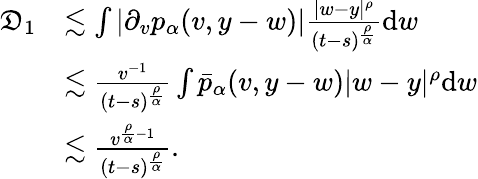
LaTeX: \begin{array}{rl}{\mathfrak{D}_{1}}&{\lesssim\int|\partial_{v}p_{\alpha}(v,y-w)|\frac{|w-y|^{\rho}}{(t-s)^{\frac{\rho}{\alpha}}}\mathrm{d}w}\\ &{\lesssim\frac{v^{-1}}{(t-s)^{\frac{\rho}{\alpha}}}\int\bar{p}_{\alpha}(v,y-w)|w-y|^{\rho}\mathrm{d}w}\\ &{\lesssim\frac{v^{\frac{\rho}{\alpha}-1}}{(t-s)^{\frac{\rho}{\alpha}}}.}\end{array}